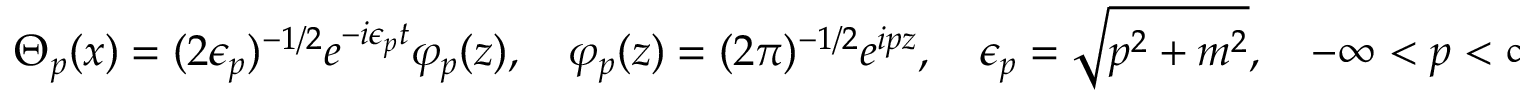
\Theta _ { p } ( x ) = ( 2 \epsilon _ { p } ) ^ { - 1 / 2 } e ^ { - i \epsilon _ { p } t } \varphi _ { p } ( z ) , \quad \varphi _ { p } ( z ) = ( 2 \pi ) ^ { - 1 / 2 } e ^ { i p z } , \quad \epsilon _ { p } = \sqrt { p ^ { 2 } + m ^ { 2 } } , \quad - \infty < p < \infty ,